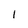
Character: I